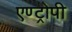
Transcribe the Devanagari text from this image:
एण्ट्रोपी